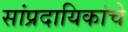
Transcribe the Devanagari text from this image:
सांप्रदायिकांचे